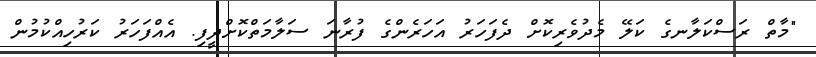
"މާތް ރަސްކަލާނގެ ކަލޭ މެދުވެރިކޮށް ދެފަހަރު އަހަރެންގެ ފުރާނަ ސަލާމަތްކޮށްދީފި. އެއްފަހަރު ކަރުހިއްކުމުން